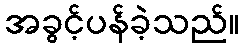
အခွင့်ပန်ခဲ့သည်။